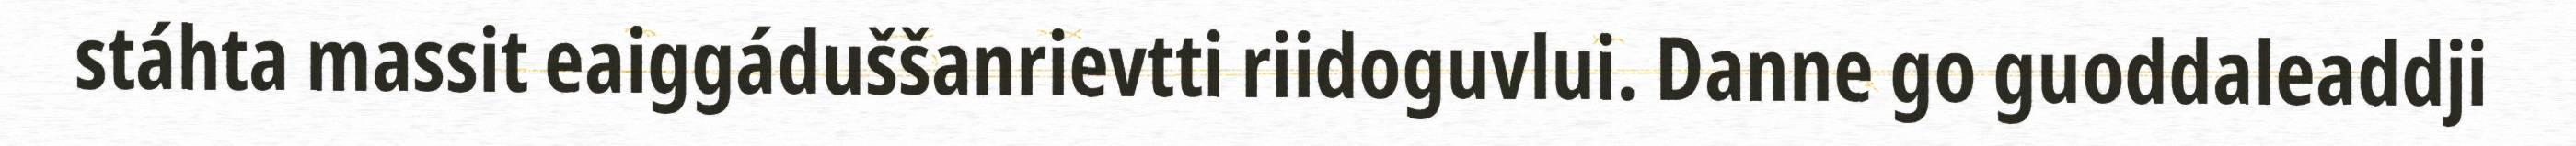
stáhta massit eaiggáduššanrievtti riidoguvlui. Danne go guoddaleaddji